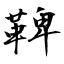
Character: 鞞